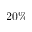
2 0 \%